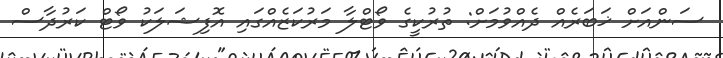
ސަންއަށް ޚަބަރެއް ދެއްވުމަށް: ތުރުކީގެ ވޯޓްލާ މަރުކަޒެއްގައި އޮފިޝަލަކު ވޯޓް ކަރުދާސް